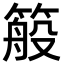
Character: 䈲